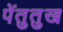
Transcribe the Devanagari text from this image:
पेंतुतुख